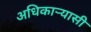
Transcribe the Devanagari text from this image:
अधिकार्‍यासी